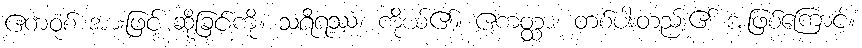
ဧကဝုစ် အားဖြင့် ဆိုခြင်းကို။ သရီရဿ၊ ကိုယ်၏။ ဧကတ္ထာ၊ တစ်ပါးတည်း၏ အဖြစ်ကြောင့်။